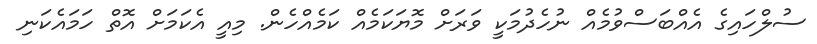
ސުލްހައިގެ އެއްބަސްވުމެއް ނުހެދުމަކީ ވަރަށް މޮޔަކަމެއް ކަމެއްހެން. މިއީ އެކަމަށް އޮތް ހަމައެކަނި